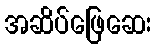
အဆိပ်ဖြေဆေး